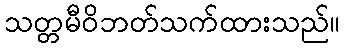
သတ္တမီဝိဘတ်သက်ထားသည်။